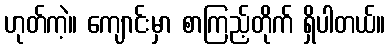
ဟုတ်ကဲ့။ ကျောင်းမှာ စာကြည့်တိုက် ရှိပါတယ်။